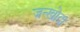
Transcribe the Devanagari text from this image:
जन्खोदा